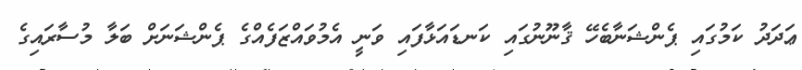
ޢަދަދު ކަމުގައި ޕެންޝަނާބެހޭ ޤާނޫނުގައި ކަނޑައަޅާފައި ވަނީ އެމުވައްޒަފެއްގެ ޕެންޝަނަށް ބަލާ މުސާރައިގެ